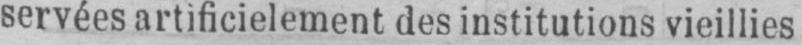
servées artificielement des institutions vieillies